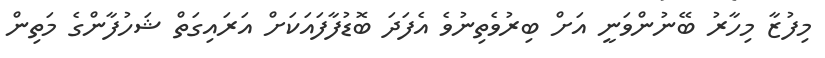
މިފުޒާ މިހާރު ބޭނުންވަނީ އަށް ބިރުވެތިނުވެ އެފަދަ ބޮޑުފާފައަކަށް އަރައިގަތް ޝަހުފާންގެ މަތިން